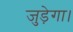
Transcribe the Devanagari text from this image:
जुड़ेगा।